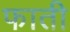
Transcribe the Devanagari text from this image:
फाती